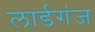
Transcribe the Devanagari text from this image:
लार्डगंज